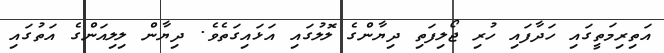
އަތިރިމަތީގައި ހަދާފައި ހުރި ޖޯލިފަތި ދިޔާންގެ ލޮލުގައި އަޅައިގަތެވެ. ދިޔާން ލިލިއަންގެ އަތުގައި